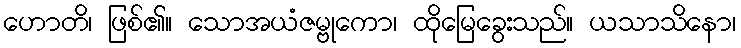
ဟောတိ၊ ဖြစ်၏။ သောအယံဇမ္ဗုကော၊ ထိုမြေခွေးသည်။ ယသာသိနော၊